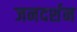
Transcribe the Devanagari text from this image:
जनदर्शन